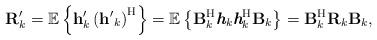
LaTeX: \begin{align*} \textbf{R}'_k &= \mathbb{E}\left\lbrace \textbf{h}'_k \left( {\textbf{h}'}_k \right)^{\textrm{H}} \right\rbrace= \mathbb{E}\left\lbrace \textbf{B}_{k}^{\rm H}\textit{\textbf{h}}_k \textit{\textbf{h}}_k^{\rm H} \textbf{B}_{k} \right\rbrace = \textbf{B}_{k}^{\rm H} \textbf{R}_k \textbf{B}_{k},\end{align*}